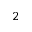
_ 2